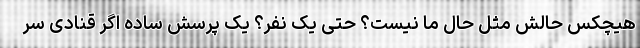
هیچکس حالش مثل حال ما نیست؟ حتی یک نفر؟ یک پرسش ساده اگر قنادی سر